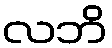
လဘိ